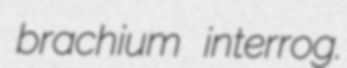
brachium interrog.